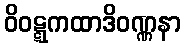
ဝိဝဋ္ဋကထာဒိဝဏ္ဏနာ